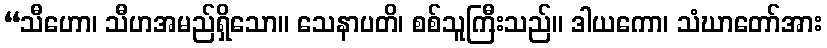
“သီဟော၊ သီဟအမည်ရှိသော။ သေနာပတိ၊ စစ်သူကြီးသည်။ ဒါယကော၊ သံဃာတော်အား